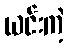
ယင်းကဲ့